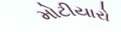
મોટીયારો